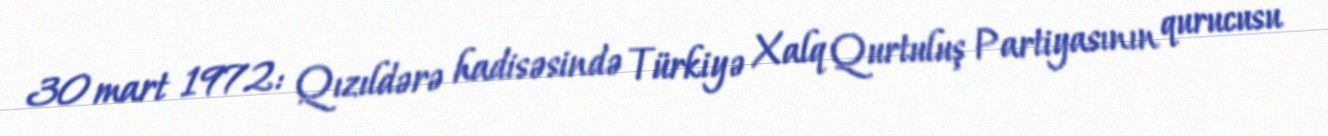
30 mart 1972: Qızıldərə hadisəsində Türkiyə Xalq Qurtuluş Partiyasının qurucusu